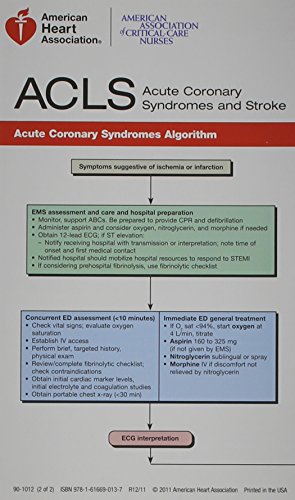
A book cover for Advanced Cardiovascular Life Support, Pocket Reference Card Set; Aha; Medical Books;